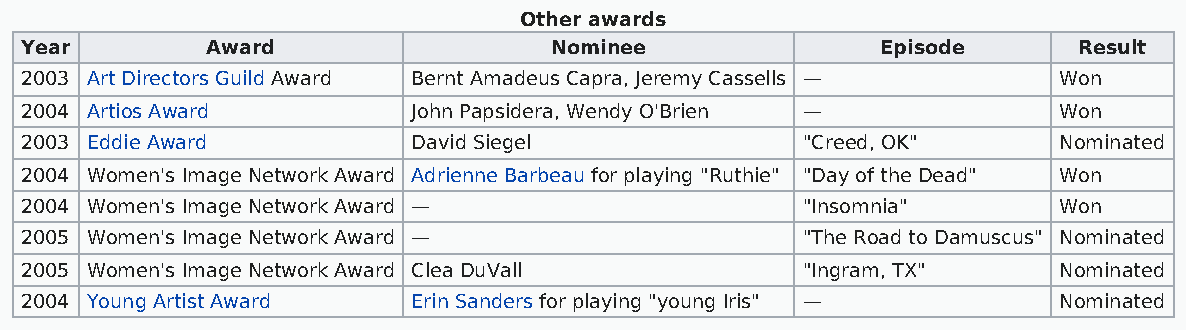
Other awards
 Year         Award                 Nominee               Episode      Result
 2003 Art Directors Guild Award Bernt Amadeus Capra, Jeremy Cassells — Won
 2004 Artios Award         John Papsidera, Wendy O'Brien —            Won
 2003 Eddie Award          David Siegel              "Creed, OK"      Nominated
 2004 Women's Image Network Award Adrienne Barbeau for playing "Ruthie" "Day of the Dead" Won
 2004 Women's Image Network Award —                  "Insomnia"       Won
 2005 Women's Image Network Award —                  "The Road to Damuscus" Nominated
 2005 Women's Image Network Award Clea DuVall        "Ingram, TX"     Nominated
 2004 Young Artist Award   Erin Sanders for playing "young Iris" —    Nominated